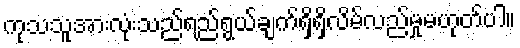
ကုသသူအားလုံးသည်ရည်ရွယ်ချက်ရှိရှိလိမ်လည်မှုမဟုတ်ပါ။